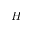
H